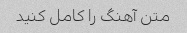
متن آهنگ را کامل کنید